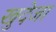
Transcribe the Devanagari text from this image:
खुदेजा